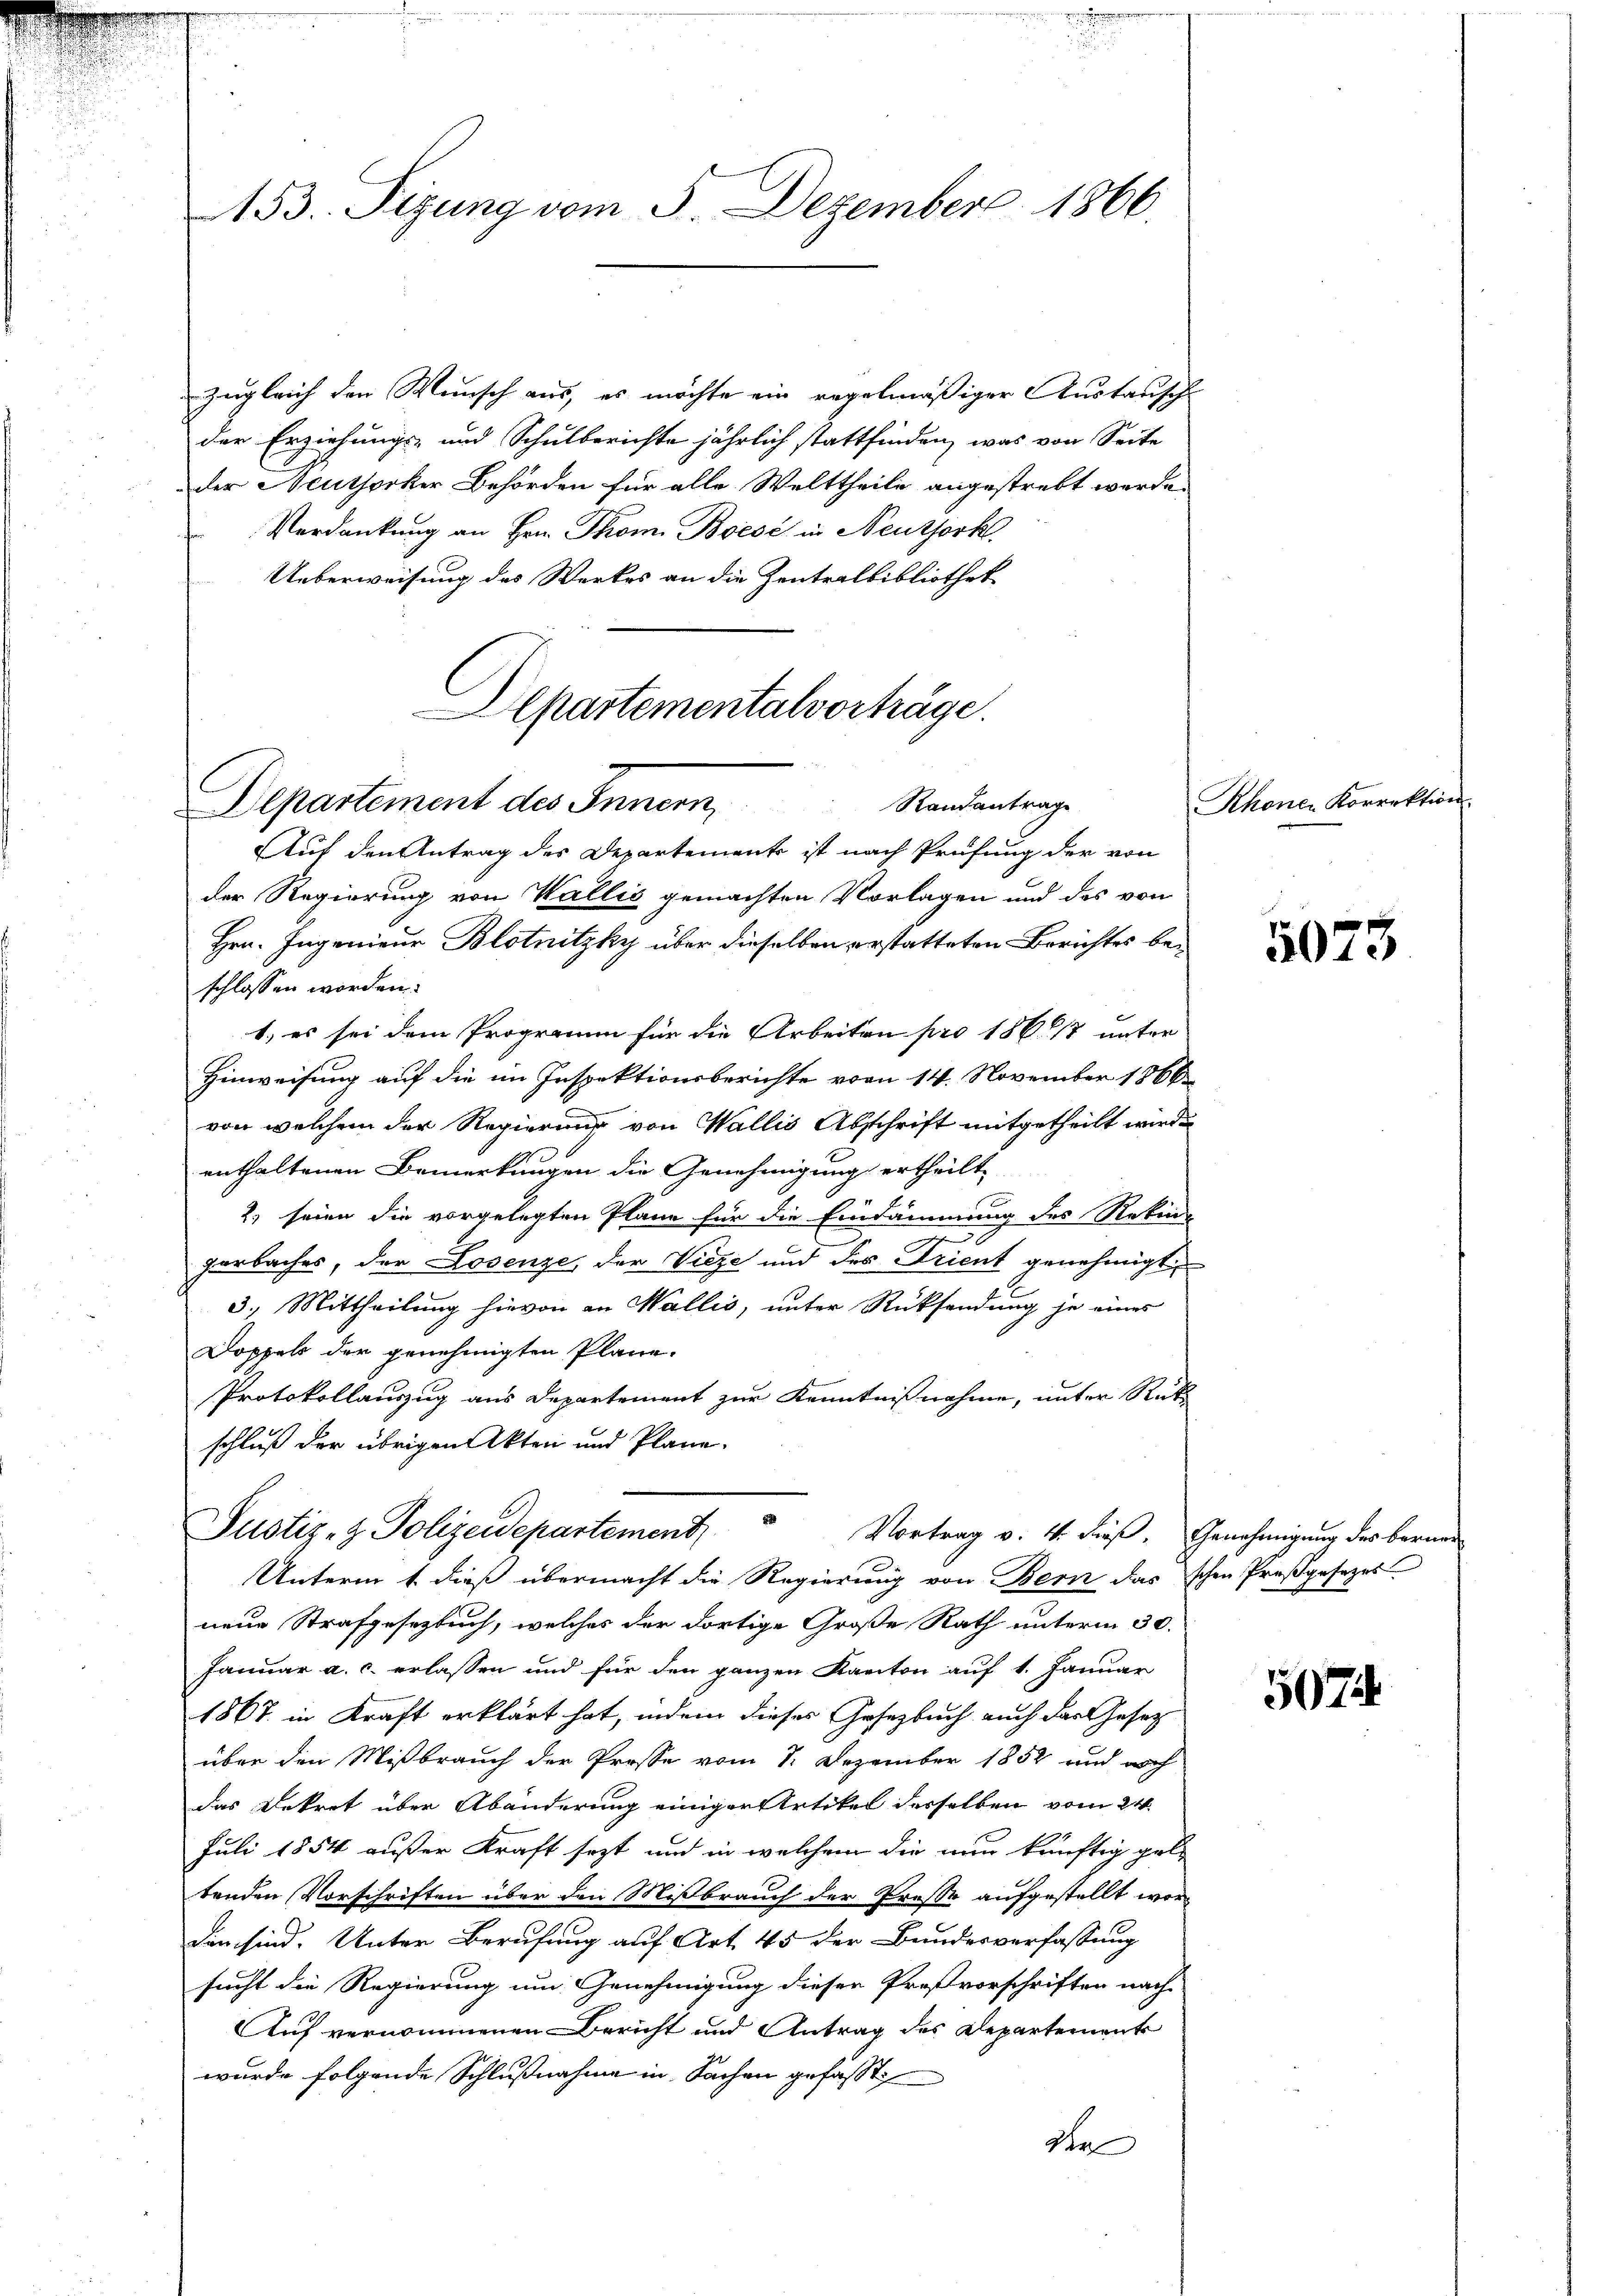
53. Sizung vom 5. Dezember 1866

Zugleich den Wunsch aus, es möchte ein regelmäßiger Austausch
der Erziehungs- und Schulberichte jährlich stattfinden, was von Seite
der Neuthorker Behörden für alle Welttheile angestrebt werde.
Verdankung an Hrn. Thom. Boisé in Neuthork
Ueberweisung des Werkes an die Zentralbibliothek

Aepartementalvorträge.
Departement des Innern, Randantrage

Auf den Antrag des Departements ist nach Prüfung der von
der Regierung von Wallis gemachten Vorlagen und des von
Hrn. Ingenieur Blotnitzky über dieselben erstatteten Berichtes beschlossen worden.
1.) es sei dem Programm für die Arbeiten pro 1867 unter
Hinweisung auf die im Inspektionsberichte vom 14. November 1866
von welchem der Regierung von Wallis Abschrift mitgetheilt wird.
enthaltenen Bemerkungen die Genehmigung ertheilt
2) seien die vorgelegten Plane für die Eindämmung des Rekurs
e
zerbaches, der Losenze, der Vieze und des Trient genehmigt
3.) Mittheilung hievon an Wallis, unter Rücksendung je eines
Doppels der genehmigten Pläne.
Protokollauszug aus Departement zur Kenntnißnahme, unter Rückschluß der übrigen Akten und Pläne.
Justiz- & Polizeidepartement
Vortrag v. 4. dieß. Genehmigung des berner
.
Unterm 1. dieß übermacht die Regierung von Bern das schen Preßgesezes
neue Strafgesezbuch, welches der dortige Große Rath unterm 30.
Januar a. c. erlassen und für den ganzen Kanton auf 1. Januar
1867 in Kraft erklärt hat, indem dieses Gesetzbuch auch das Gesetz
über den Mißbrauch der Presse vom 1. Dezember 1852 und noch
das Dekret über Abänderung einiger Artikel derselben vom 24.
Juli 1854 ausser Kraft sezt, und in welchem die nun künftig gele
tenden Vorschriften über den Mißbrauch der Presse aufgestellt worden sind. Unter Berufung auf Art. 45 der Bundesverfassung
sucht die Regierung um Genehmigung dieser Proßvorschriften nach
Auf vernommenen Bericht und Antrag des Departement
wurde folgende Schlußnahme in Sachen gefasst,
de

Rhonen Korrektion

5073

5074